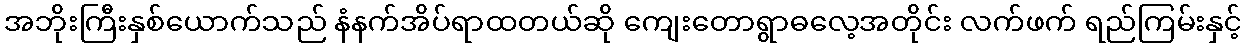
အဘိုးကြီးနှစ်ယောက်သည် နံနက်အိပ်ရာထတယ်ဆို ကျေးတောရွာဓလေ့အတိုင်း လက်ဖက် ရည်ကြမ်းနှင့်